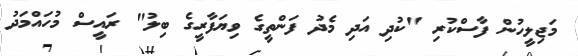
މަޖިލީހުން ފާސްކުރި "ކުދި އަދި މެދު ފަންތީގެ ވިޔަފާރީގެ ބިލު" ރައީސް މުހައްމަދު